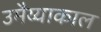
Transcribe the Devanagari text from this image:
उमैय्याकाल